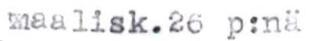
maalisk. 26 p:nä